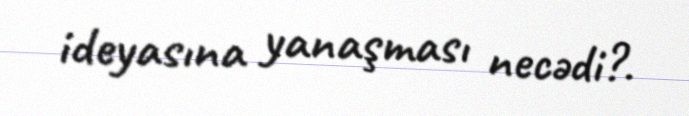
ideyasına yanaşması necədi?.